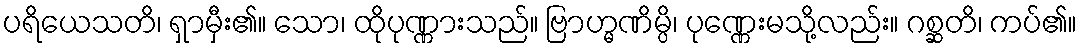
ပရိယေသတိ၊ ရှာမှီး၏။ သော၊ ထိုပုဏ္ဏားသည်။ ဗြာဟ္မဏိမ္ပိ၊ ပုဏ္ဏေးမသို့လည်း။ ဂစ္ဆတိ၊ ကပ်၏။